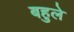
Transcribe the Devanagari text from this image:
बहुले